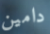
دامين